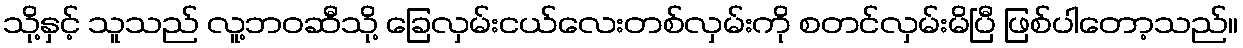
သို့နှင့် သူသည် လူ့ဘဝဆီသို့ ခြေလှမ်းငယ်လေးတစ်လှမ်းကို စတင်လှမ်းမိပြီ ဖြစ်ပါတော့သည်။